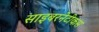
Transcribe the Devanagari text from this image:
साइबरनेटीकस